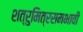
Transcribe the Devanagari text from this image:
शत्रुमित्रसमभावी